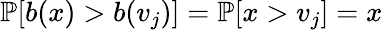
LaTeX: \mathbb{P}[b(x)>b(v_{j})]=\mathbb{P}[x>v_{j}]=x